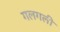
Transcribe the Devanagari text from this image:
गलगली